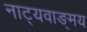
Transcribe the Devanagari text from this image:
नाट्यवाङ्‌मय